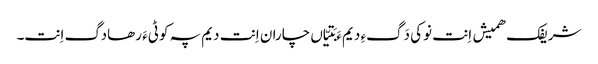
شریفک ھمیش اِنت نوکی دَگءِ دیم ءَ بَتیّاں چاران اِنت دیم پہ کوٹیءَ رھادگ اِنت۔